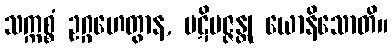
သက္ကစ္စံ ဥဂ္ဂဟေတွာန, ပဋိပဇ္ဇန္တု ယောနိသောတိ။